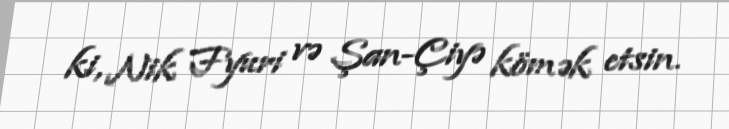
ki, Nik Fyuri və Şan-Çiyə kömək etsin.